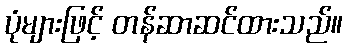
ပုံများဖြင့် တန်ဆာဆင်ထားသည်။